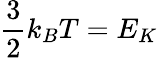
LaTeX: \frac{3}{2}k_{B}T=E_{K}